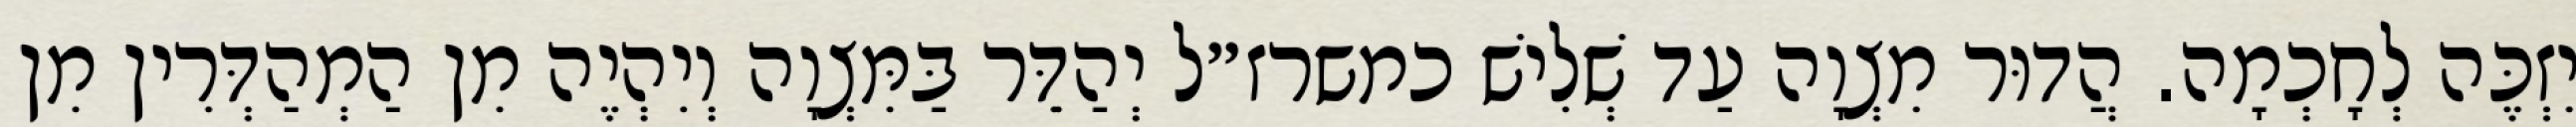
יִזְכֶּה לְחָכְמָה. הֲדוּר מִצְוָה עַד שְׁלִישׁ כמשרז״ל יְהַדֵּר בַּמִּצְוָה וְיִהְיֶה מִן הַמְהַדְּרִין מִן